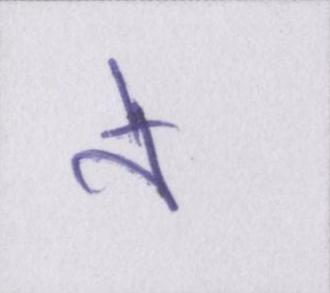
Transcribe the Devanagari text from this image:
ने